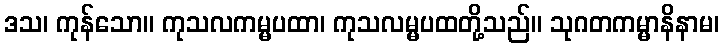
ဒသ၊ ကုန်သော။ ကုသလကမ္မပထာ၊ ကုသလမ္မပထတို့သည်။ သုဂတကမ္မာနိနာမ၊